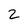
Character: 2